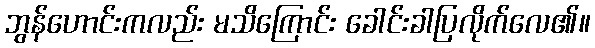
ဘွန်ဟောင်းကလည်း မသိကြောင်း ခေါင်းခါပြလိုက်လေ၏။